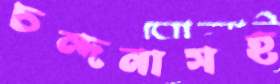
চন্দনাসহ